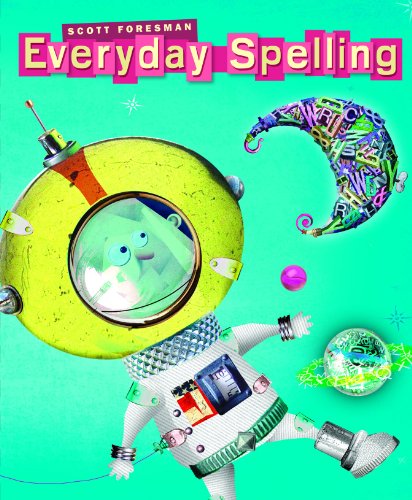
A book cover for SPELLING 2008 STUDENT EDITION CONSUMABLE GRADE 6; Scott Foresman; Reference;